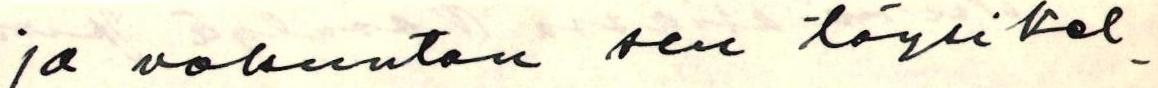
ja vakuutan sen täysikel-